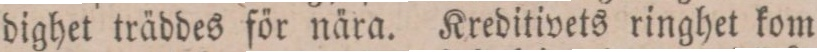
dighet träddes för nära. Kreditivets ringhet kom